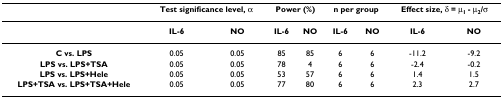
<table><thead><tr><td></td><td colspan="2"><b>Test significance level, α</b></td><td colspan="2"><b>Power (%)</b></td><td colspan="2"><b>n per group</b></td><td colspan="2"><b>Effect size, δ = μ<sub>1 </sub>- μ<sub>2</sub>/σ</b></td></tr></thead><tbody><tr><td></td><td><b>IL-6</b></td><td><b>NO</b></td><td><b>IL-6</b></td><td><b>NO</b></td><td><b>IL-6</b></td><td><b>NO</b></td><td><b>IL-6</b></td><td><b>NO</b></td></tr><tr><td><b>C vs. LPS</b></td><td>0.05</td><td>0.05</td><td>85</td><td>85</td><td>6</td><td>6</td><td>-11.2</td><td>-9.2</td></tr><tr><td><b>LPS vs. LPS+TSA</b></td><td>0.05</td><td>0.05</td><td>78</td><td>4</td><td>6</td><td>6</td><td>-2.4</td><td>-0.2</td></tr><tr><td><b>LPS vs. LPS+Hele</b></td><td>0.05</td><td>0.05</td><td>53</td><td>57</td><td>6</td><td>6</td><td>1.4</td><td>1.5</td></tr><tr><td><b>LPS+TSA vs. LPS+TSA+Hele</b></td><td>0.05</td><td>0.05</td><td>77</td><td>80</td><td>6</td><td>6</td><td>2.3</td><td>2.7</td></tr></tbody></table>